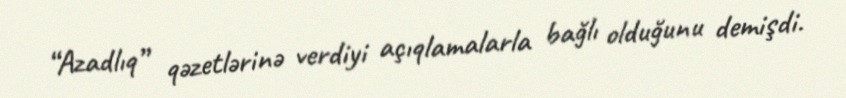
“Azadlıq” qəzetlərinə verdiyi açıqlamalarla bağlı olduğunu demişdi.